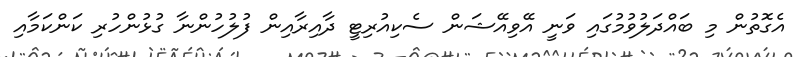
އެގޮތުން މި ބައްދަލުވުމުގައި ވަނީ އޭވިއޭޝަން ސެކިއުރިޓީ ދާއިރާއިން ފުލުހުންނާ ގުޅުންހުރި ކަންކަމާއި